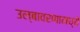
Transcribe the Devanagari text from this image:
उल्बावरणामध्ये